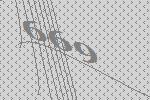
669